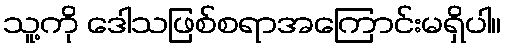
သူ့ကို ဒေါသဖြစ်စရာအကြောင်းမရှိပါ။